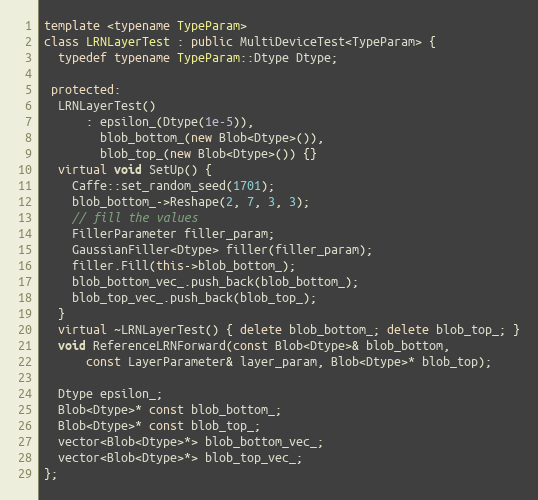
Language: C++
template <typename TypeParam>
class LRNLayerTest : public MultiDeviceTest<TypeParam> {
  typedef typename TypeParam::Dtype Dtype;

 protected:
  LRNLayerTest()
      : epsilon_(Dtype(1e-5)),
        blob_bottom_(new Blob<Dtype>()),
        blob_top_(new Blob<Dtype>()) {}
  virtual void SetUp() {
    Caffe::set_random_seed(1701);
    blob_bottom_->Reshape(2, 7, 3, 3);
    // fill the values
    FillerParameter filler_param;
    GaussianFiller<Dtype> filler(filler_param);
    filler.Fill(this->blob_bottom_);
    blob_bottom_vec_.push_back(blob_bottom_);
    blob_top_vec_.push_back(blob_top_);
  }
  virtual ~LRNLayerTest() { delete blob_bottom_; delete blob_top_; }
  void ReferenceLRNForward(const Blob<Dtype>& blob_bottom,
      const LayerParameter& layer_param, Blob<Dtype>* blob_top);

  Dtype epsilon_;
  Blob<Dtype>* const blob_bottom_;
  Blob<Dtype>* const blob_top_;
  vector<Blob<Dtype>*> blob_bottom_vec_;
  vector<Blob<Dtype>*> blob_top_vec_;
};